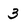
Character: 3